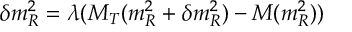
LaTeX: \delta m _ { R } ^ { 2 } = \lambda ( M _ { T } ( m _ { R } ^ { 2 } + \delta m _ { R } ^ { 2 } ) - M ( m _ { R } ^ { 2 } ) )